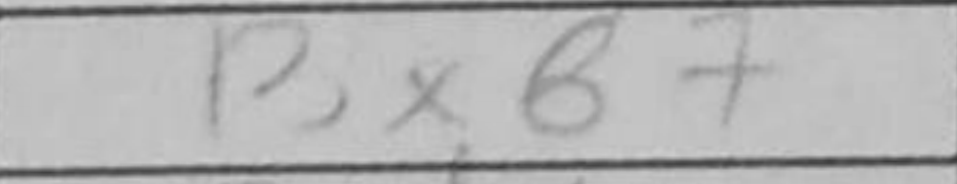
Transcription: Bxb7